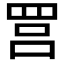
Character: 𦊼